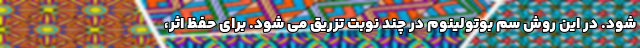
شود. در این روش سم بوتولینوم در چند نوبت تزریق می شود. برای حفظ اثر،